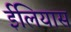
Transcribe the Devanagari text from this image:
ईलियास